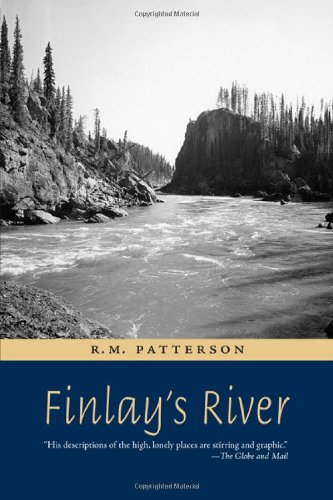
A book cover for Finlay's River; R.M. Patterson; Biographies & Memoirs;